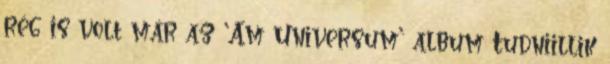
rég is volt már az ’Am Universum’ album Tudniillik